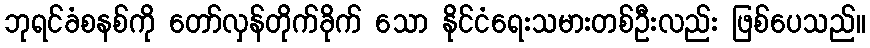
ဘုရင်ခံစနစ်ကို တော်လှန်တိုက်ခိုက် သော နိုင်ငံရေးသမားတစ်ဦးလည်း ဖြစ်ပေသည်။